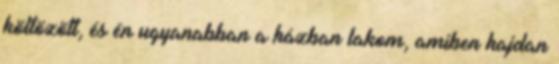
költözött, és én ugyanabban a házban lakom, amiben hajdan